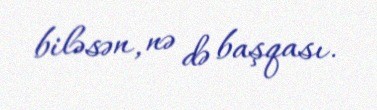
biləsən, nə də başqası.